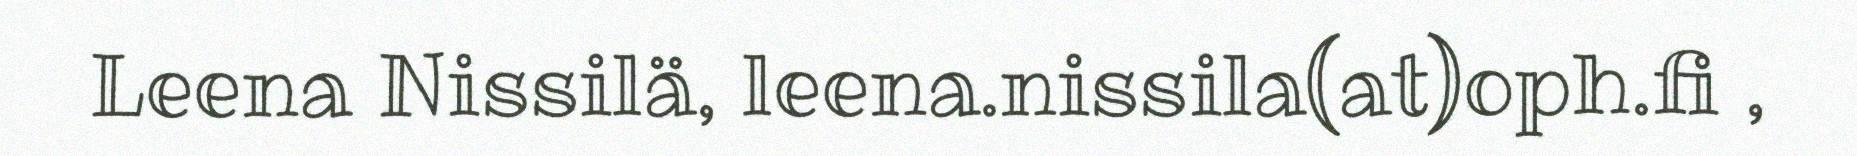
Leena Nissilä, leena.nissila(at)oph.fi ,